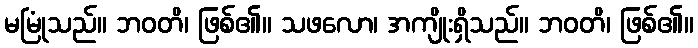
မမြုံသည်။ ဘဝတိ၊ ဖြစ်၏။ သဖလော၊ အကျိုးရှိသည်။ ဘဝတိ၊ ဖြစ်၏။